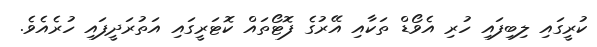
ކުރީގައި ލިބިފައި ހުރި އެވޯޑް ތަކާއި އޭރުގެ ފޮޓޯތައް ކޮޓަރީގައި އަތުރަދީފައި ހުރެއެވެ.